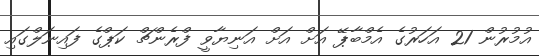
އުމުރުން 21 އަހަރުގެ އެމްބާޕޭ އަށް އަށް އަނިޔާވީ ފްރެންޗް ކަޕްގެ ފައިނަލްގައި